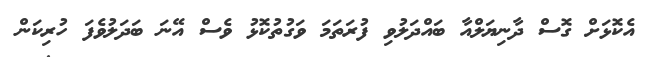
އެކޮޅަށް ގޮސް ދާނިޔަލްއާ ބައްދަލުވި ފުރަތަމަ ވަގުތުކޮޅު ވެސް އޭނަ ބަދަލުވެފަ ހުރިކަން